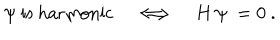
\psi \ \mathrm { i s \ h a r m o n i c } \quad \Longleftrightarrow \quad H \, \psi \ = 0 \ .